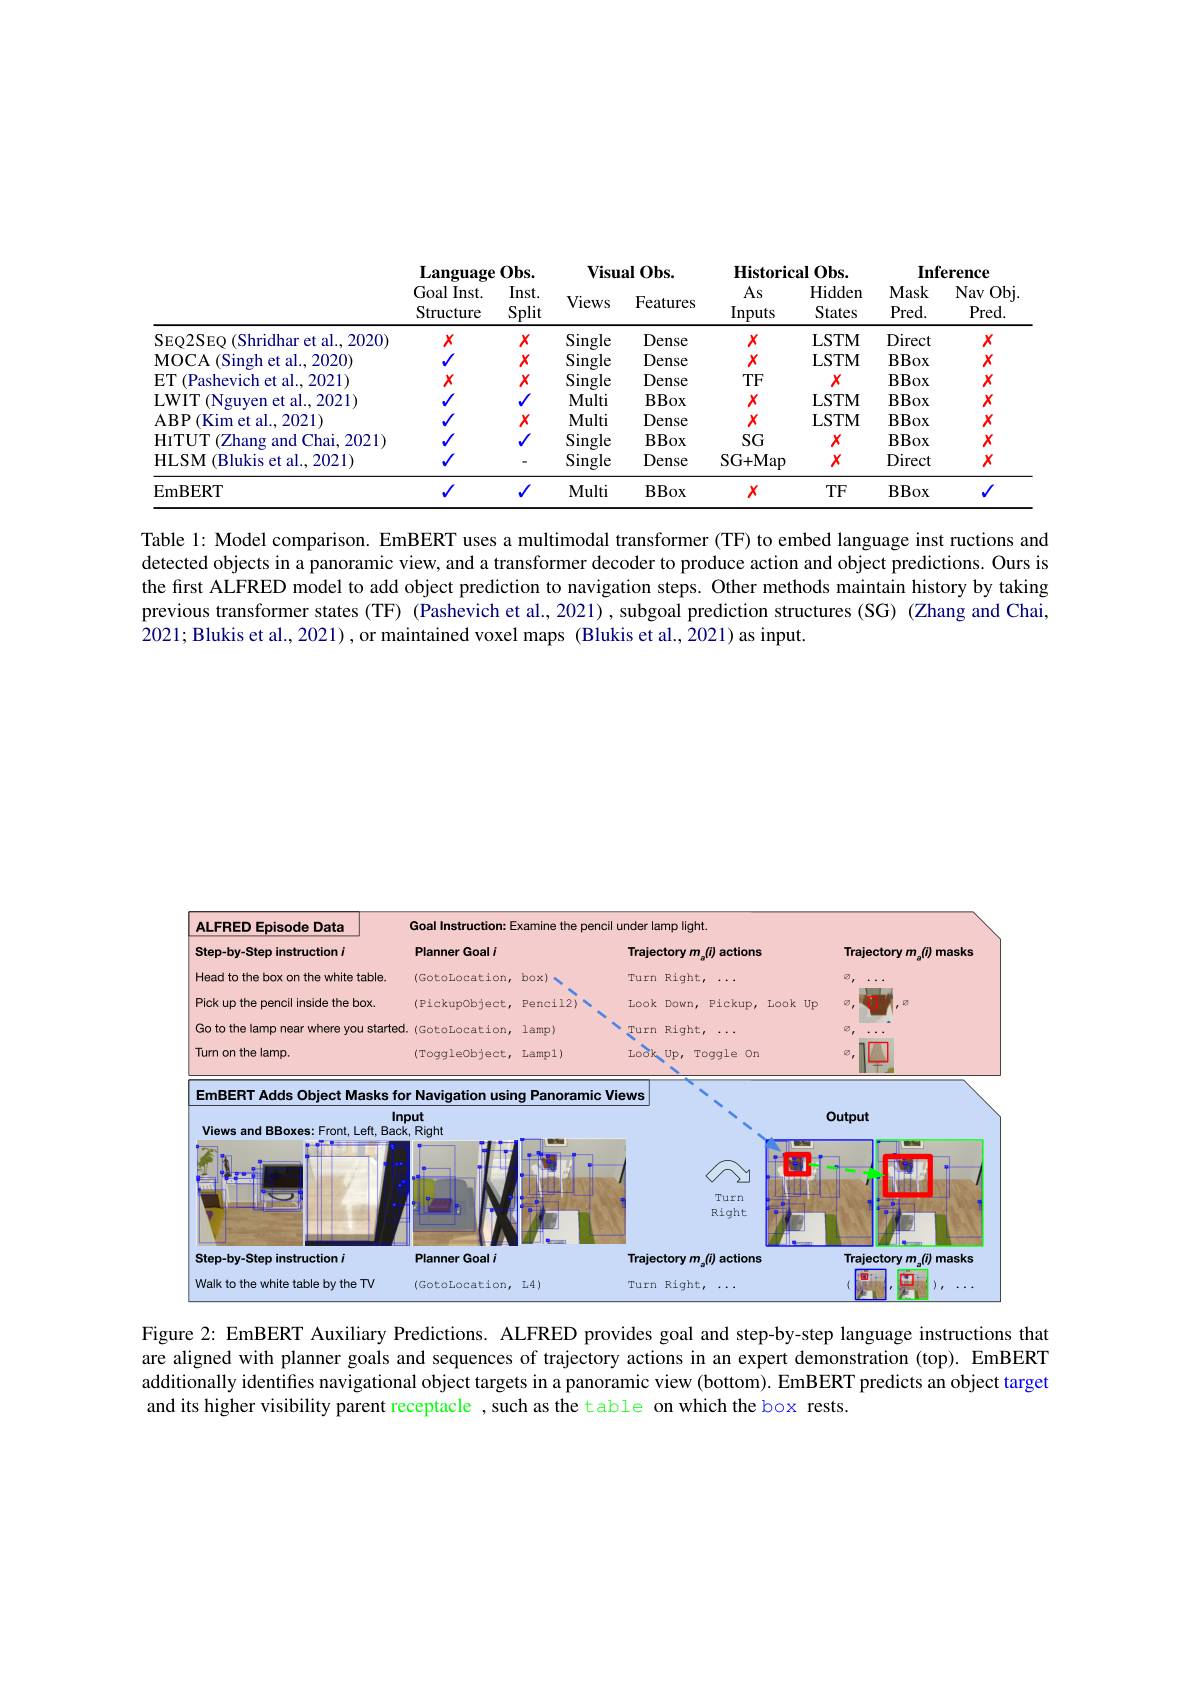
<table>
	<tbody>
		<tr>
			<th> </th>
			<th colspan="2">$\mathbf{Language}$ $0bs.$</th>
			<th colspan="2">$\mathbf{Visual}0\mathbf{bs}.$</th>
			<th colspan="2">Historical $0bs.$ T</th>
			<th colspan="2">Inference</th>
		</tr>
		<tr>
			<th> </th>
			<th>Goal Inst. Structure</th>
			<th>Inst. Split</th>
			<th>Views</th>
			<th>Features</th>
			<th>As Inputs</th>
			<th>$\operatorname{Hidden}$ States</th>
			<th>Mask $Pred.$</th>
			<th>Nav Obj $Pred.$</th>
		</tr>
		<tr>
			<td>SEQ2SEQ (Shridhar et al..2020)</td>
			<td>$X$</td>
			<td>$X$</td>
			<td>Single</td>
			<td>Dense</td>
			<td>$X$</td>
			<td>LSTM</td>
			<td>Direct</td>
			<td>$X$</td>
		</tr>
		<tr>
			<td>(Singh et al..2020) $\mathbf{MOCA}$</td>
			<td> </td>
			<td>$X$</td>
			<td>Single</td>
			<td>Dense</td>
			<td>$X$</td>
			<td>LSTM</td>
			<td>BBox</td>
			<td>$X$</td>
		</tr>
		<tr>
			<td>ET (Pashevich et al., 2021)</td>
			<td>$X$</td>
			<td>$X$</td>
			<td>Single</td>
			<td>Dense</td>
			<td>$TF$</td>
			<td>$X$</td>
			<td>BBox</td>
			<td>$X$</td>
		</tr>
		<tr>
			<td>LWIT (Nguven et al.,2021)</td>
			<td> </td>
			<td>$V$</td>
			<td>Multi</td>
			<td>BBox</td>
			<td>$X$</td>
			<td>LSTM</td>
			<td>BBox</td>
			<td>$X$</td>
		</tr>
		<tr>
			<td>$ABP$ Kim et al. , 2021</td>
			<td> </td>
			<td>$X$</td>
			<td>Multi</td>
			<td>Dense</td>
			<td>$X$</td>
			<td>LSTM</td>
			<td>BBox</td>
			<td>$X$</td>
		</tr>
		<tr>
			<td>(Zhang and Chai, 2021) HITUT</td>
			<td> </td>
			<td>$V$</td>
			<td>Single</td>
			<td>BBox</td>
			<td>$SG$</td>
			<td>$X$</td>
			<td>BBox</td>
			<td>$X$</td>
		</tr>
		<tr>
			<td>HLSM (Blukis et al., 2021)</td>
			<td> </td>
			<td> </td>
			<td>Single</td>
			<td>Dense</td>
			<td>SG+ Map</td>
			<td>$X$</td>
			<td>Direct</td>
			<td>$X$</td>
		</tr>
		<tr>
			<td>EmBERT</td>
			<td>1</td>
			<td>$√$</td>
			<td>Multi</td>
			<td>BBox</td>
			<td>$X$</td>
			<td>$TF$</td>
			<td>BBox</td>
			<td>T</td>
		</tr>
	</tbody>
</table>

Table l: Model comparison. EmBERT uses a multimodal transformer (TF) to embed language inst ructions and detected objects in a panoramic view, and a transformer decoder to produce action and object predictions. Ours is the first ALFRED model to add object prediction to navigation steps. Other methods maintain history by taking previous transformer states (TF) (Pashevich et al., 2021), subgoal prediction structures (SG) (Zhang and Chai, 2021; Blukis et al., 2021), or maintained voxel maps (Blukis et al., 2021) as input.

<FigureHere>

Figure 2: EmBERT Auxiliary Predictions. ALFRED provides goal and step-by-step language instructions that are aligned with planner goals and sequences of trajectory actions in an expert demonstration (top). EmBERT additionally identifies navigational object targets in a panoramic view (bottom). EmBERT predicts an object target and its higher visibility parent receptacle ,such as the table on which the box rests.